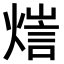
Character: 𤍉